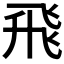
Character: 飛